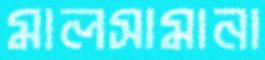
মালসামানা